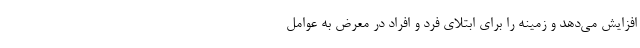
افزایش می‌دهد و زمینه را برای ابتلای فرد و افراد در معرض به عوامل